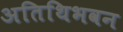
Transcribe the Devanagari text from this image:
अतिथिभवन